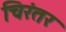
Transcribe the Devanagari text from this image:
चिरंतर